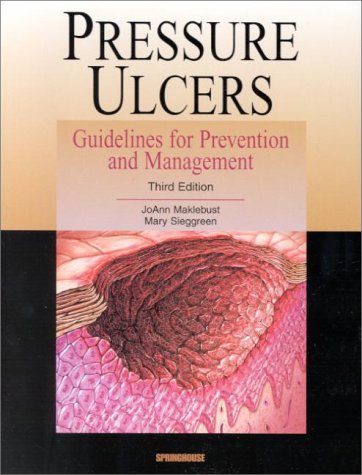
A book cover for Pressure Ulcers: Guidelines for Prevention and Management; Joann Maklebust; Health, Fitness & Dieting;